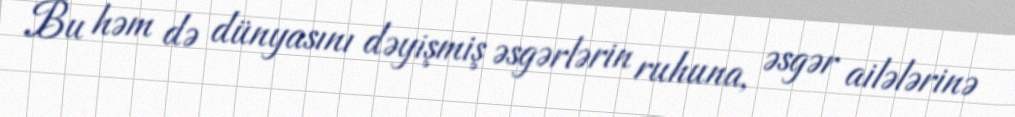
Bu həm də dünyasını dəyişmiş əsgərlərin ruhuna, əsgər ailələrinə